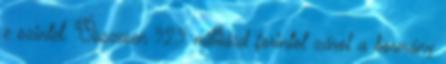
e szintet. Összesen 92,9 milliárd forintot zárol a kormány